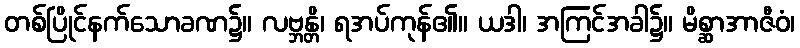
တစ်ပြိုင်နက်သောခဏ၌။ လဗ္ဘန္တိ၊ ရအပ်ကုန်၏။ ယဒါ၊ အကြင်အခါ၌။ မိစ္ဆာအာဇီဝံ၊